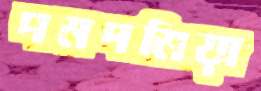
দমদমিয়া